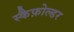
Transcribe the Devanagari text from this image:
स्कैफ़ोल्डर